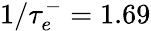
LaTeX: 1/\tau_{e}^{-}=1.69